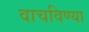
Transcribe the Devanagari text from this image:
वाचविण्या